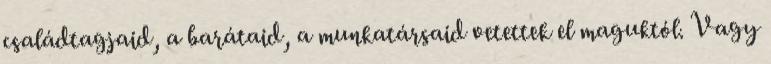
családtagjaid, a barátaid, a munkatársaid vetettek el maguktól. Vagy